Annual administration and progress report of the Indian Medical Department, Bombay
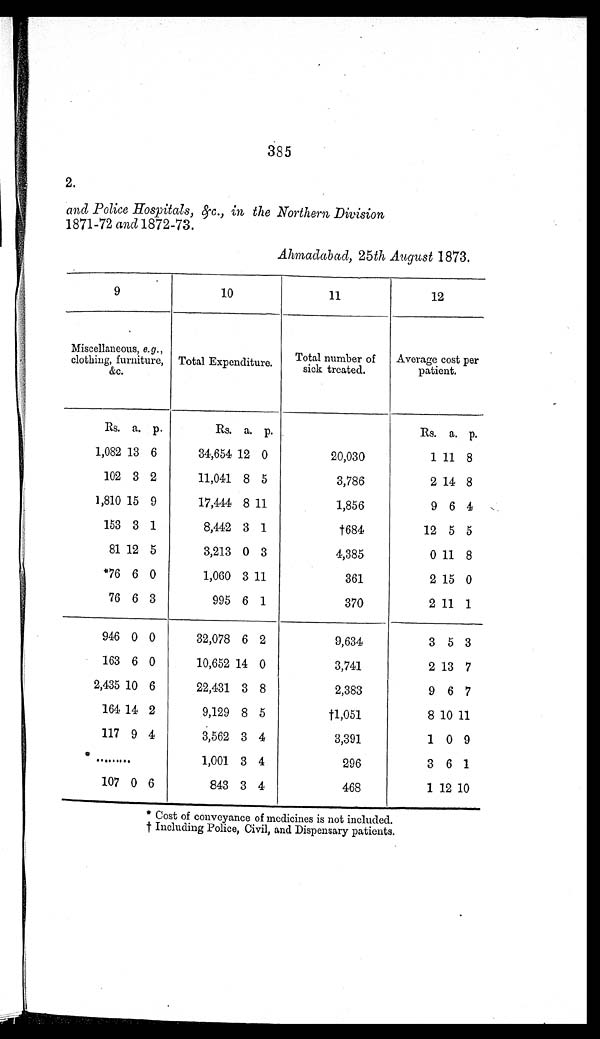
385
2.
and Police Hospitals, &c., in the Northern Division
1871-72 and 1872-73.
Ahmadabad, 25 th August 1873.
9
10
11
12
Miscellaneous, e. g .,
clothing, furniture,
&c.
Total Expenditure.
Total number of
sick treated.
Average cost per
patient.
Rs. a. p.
Rs. a. p.
Rs. a. p.
1,082 13 6
34,654 12 0
20,030
1 11 8
102 3 2
11,041 8 5
3,786
2 14 8
1,810 15 9
17,444 8 11
1,856
9 6 4
153 3 1
8,442 3 1
†684
12 5 5
81 12 5
3,213 0 3
4,385
0 11 8
*76 6 0
1,060 3 11
361
2 15 0
76 6 3
995 6 1
370
2 11 1
946 0 0
32,078 6 2
9,634
3 5 3
163 6 0
10,652 14 0
3,741
2 13 7
2,435 10 6
22,431 3 8
2,383
9 6 7
164 14 2
9,129 8 5
† 1 , 0 5 1
8 10 11
117 9 4
3,562 3 4
3,391
1 0 9
* . . .
1,001 3 4
296
3 6
1
107 0 6
843 3 4
468
1 12 10
* Cost of conveyance of medicines is not included.
Including Police, Civil, and Dispensary patients.